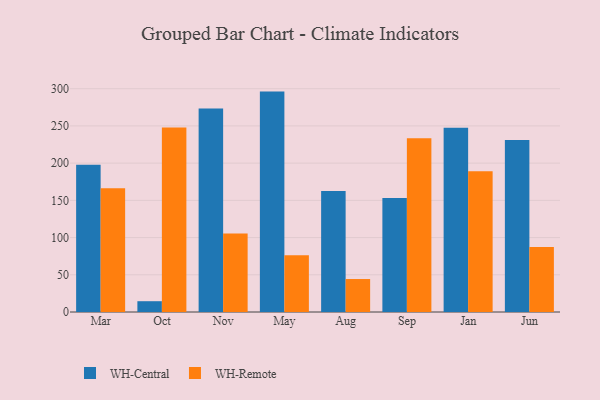
{"axis": {"x": "Month", "y": "Latency (ms)"}, "legend": ["WH-Central", "WH-Remote"], "data": [{"x": "Mar", "y": 197.7, "type": "WH-Central"}, {"x": "Mar", "y": 166.1, "type": "WH-Remote"}, {"x": "Oct", "y": 14.5, "type": "WH-Central"}, {"x": "Oct", "y": 248.0, "type": "WH-Remote"}, {"x": "Nov", "y": 273.3, "type": "WH-Central"}, {"x": "Nov", "y": 105.6, "type": "WH-Remote"}, {"x": "May", "y": 296.1, "type": "WH-Central"}, {"x": "May", "y": 76.4, "type": "WH-Remote"}, {"x": "Aug", "y": 162.7, "type": "WH-Central"}, {"x": "Aug", "y": 44.3, "type": "WH-Remote"}, {"x": "Sep", "y": 153.3, "type": "WH-Central"}, {"x": "Sep", "y": 233.5, "type": "WH-Remote"}, {"x": "Jan", "y": 247.4, "type": "WH-Central"}, {"x": "Jan", "y": 189.2, "type": "WH-Remote"}, {"x": "Jun", "y": 231.1, "type": "WH-Central"}, {"x": "Jun", "y": 87.3, "type": "WH-Remote"}]}